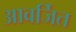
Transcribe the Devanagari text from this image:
आवर्जित